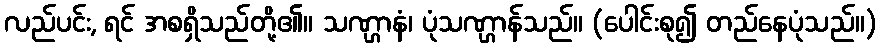
လည်ပင်း, ရင် အစရှိသည်တို့၏။ သဏ္ဌာနံ၊ ပုံသဏ္ဌာန်သည်။ (ပေါင်းစု၍ တည်နေပုံသည်။)